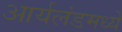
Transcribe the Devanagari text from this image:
आर्यलंडमध्ये